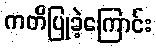
ကတိပြုခဲ့ကြောင်း